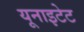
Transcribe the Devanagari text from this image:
यूनाइटेट